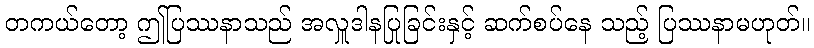
တကယ်တော့ ဤပြဿနာသည် အလှူဒါနပြုခြင်းနှင့် ဆက်စပ်နေ သည့် ပြဿနာမဟုတ်။